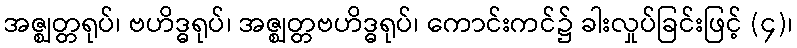
အဇ္ဈတ္တရုပ်၊ ဗဟိဒ္ဓရုပ်၊ အဇ္ဈတ္တဗဟိဒ္ဓရုပ်၊ ကောင်းကင်၌ ခါးလှုပ်ခြင်းဖြင့် (၄)၊